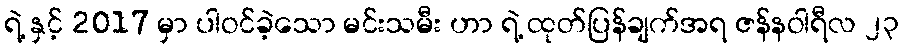
ရဲ့ နှင့် 2017 မှာ ပါဝင်ခဲ့သော မင်းသမီး ဟာ ရဲ့ ထုတ်ပြန်ချက်အရ ဇန်နဝါရီလ ၂၃